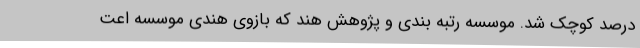
درصد کوچک شد. موسسه رتبه بندی و پژوهش هند که بازوی هندی موسسه اعت